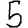
Digit: 5